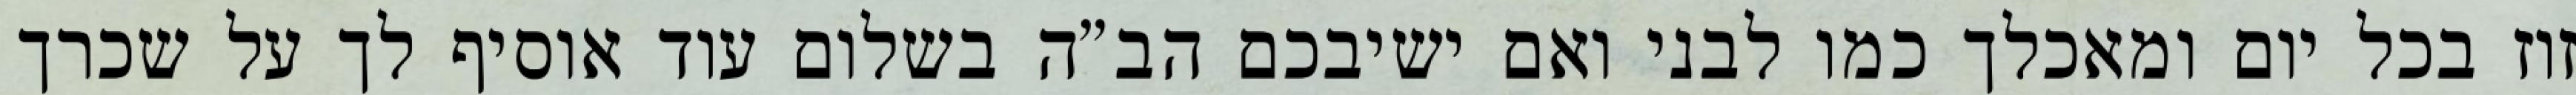
זוז בכל יום ומאכלך כמו לבני ואם ישיבכם הב”ה בשלום עוד אוסיף לך על שכרך